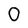
Character: 0